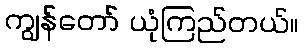
ကျွန်တော် ယုံကြည်တယ်။